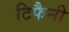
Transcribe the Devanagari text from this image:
टिफैनी